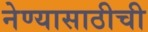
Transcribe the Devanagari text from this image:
नेण्यासाठीची